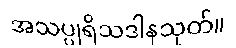
အသပ္ပုရိသဒါနသုတ်။